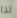
لذا